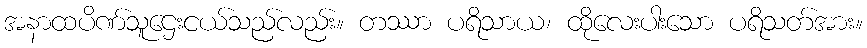
အနာထပိဏ်သူဌေးငယ်သည်လည်း။ တဿာ ပရိသာယ၊ ထိုလေးပါးသော ပရိသတ်အား။